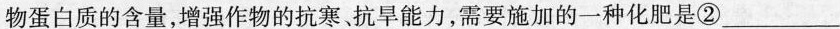
物蛋白质的含量，增强作物的抗寒、抗旱能力，需要施加的一种化肥是②___